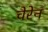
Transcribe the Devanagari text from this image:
चेरेन